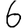
Digit: 6